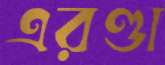
এরণ্ডা